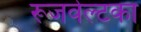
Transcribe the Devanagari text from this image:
रूजवेल्टका